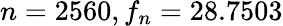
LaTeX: n=2560,f_{n}=28.7503